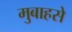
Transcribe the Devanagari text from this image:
मुबाहसे